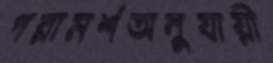
পরামর্শঅনুযায়ী